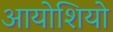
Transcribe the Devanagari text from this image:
आयोशियो